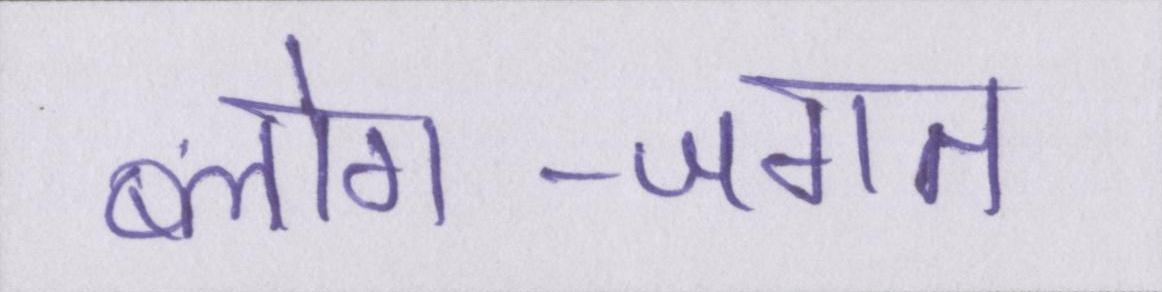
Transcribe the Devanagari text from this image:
ब्लोग-जगत